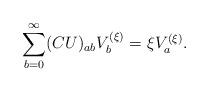
LaTeX: \begin{align*}\sum_{b=0}^{\infty}(CU)_{ab}V_b^{(\xi)}=\xi V_{a}^{(\xi)}.\end{align*}